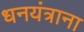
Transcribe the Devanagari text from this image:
धनयंत्राना